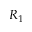
R _ { 1 }